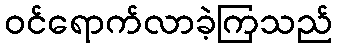
ဝင်ရောက်လာခဲ့ကြသည်